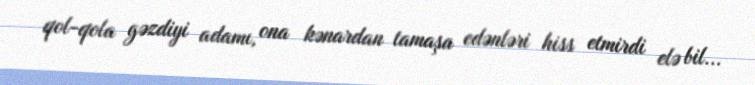
qol-qola gəzdiyi adamı, ona kənardan tamaşa edənləri hiss etmirdi elə bil...